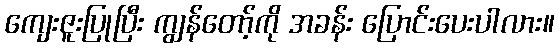
ကျေးဇူးပြုပြီး ကျွန်တော့်ကို အခန်း ပြောင်းပေးပါလား။